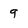
Character: 9